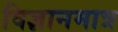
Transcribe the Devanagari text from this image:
विज्ञानमात्र